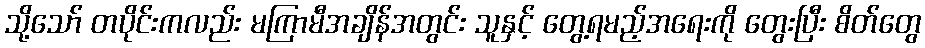
သို့သော် တပိုင်းကလည်း မကြာမီအချိန်အတွင်း သူနှင့် တွေ့ရမည့်အရေးကို တွေးပြီး စိတ်တွေ